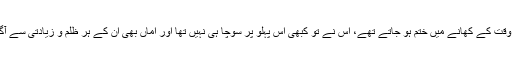
واقعی کیوں یہاں دیگچے کے دیگچے ایک وقت کے کھانے میں ختم ہو جاتے تھے، اس نے تو کبھی اس پہلو پر سوچا ہی نہیں تھا اور اماں بھی ان کے ہر ظلم و زیادتی سے آگاہ تھیں پھر بھی چپ چاپ سہے جاتی تھیں۔